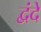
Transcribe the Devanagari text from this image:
द्वंदें